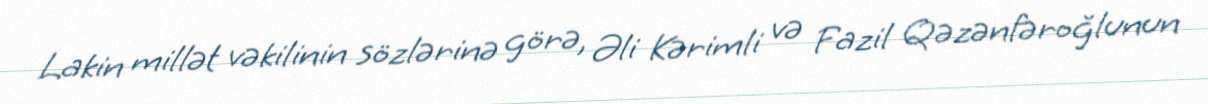
Lakin millət vəkilinin sözlərinə görə, Əli Kərimli və Fazil Qəzənfəroğlunun